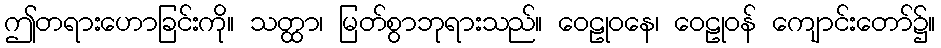
ဤတရားဟောခြင်းကို။ သတ္ထာ၊ မြတ်စွာဘုရားသည်။ ဝေဠုဝနေ၊ ဝေဠုဝန် ကျောင်းတော်၌။